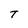
Character: T